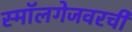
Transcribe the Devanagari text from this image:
स्मॉलगेजवरची